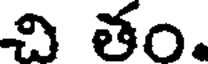
చి తం.